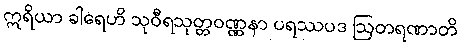
ဣရိယာ ခါရေဟိ သုဝီရသုတ္တဝဏ္ဏနာ ပရဿပဒ ဩတရဏာတိ